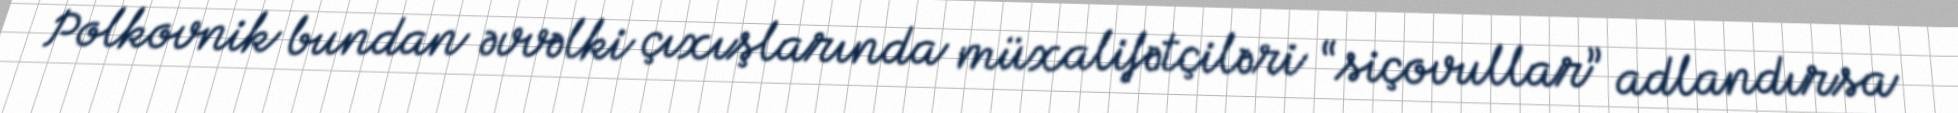
Polkovnik bundan əvvəlki çıxışlarında müxalifətçiləri “siçovullar” adlandırsa